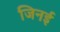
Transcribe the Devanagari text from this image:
जिनई